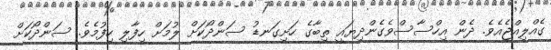
ގެއްލިއްޖެއެވެ. ދެން އިހްސާސްވެގެންދިޔައީ ތިބާގެ ހަށިގަނޑު ސަންދޯކަށް ލުމަށް ހިފާލި ހިފުމެވެ. ސަންދޯކަށް